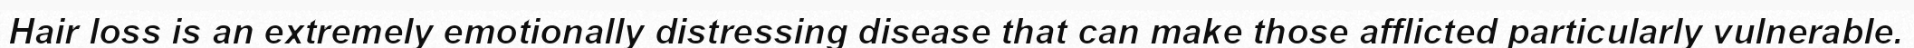
Hair loss is an extremely emotionally distressing disease that can make those afflicted particularly vulnerable.